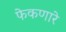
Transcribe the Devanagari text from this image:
फेकणारे